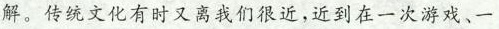
解。传统文化有时又离我们很近,近到在一次游戏、一